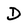
Character: D